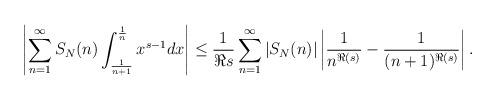
LaTeX: \begin{align*}\left|\sum_{n=1}^{\infty} S_N(n) \int_{\frac{1}{n+1}}^{\frac{1}{n}} x^{s-1} dx\right| \leq \frac{1}{\Re s} \sum_{n=1}^{\infty} \left|S_N(n)\right| \left|\frac{1}{n^{\Re(s)}}-\frac{1}{(n+1)^{\Re(s)}}\right| .\end{align*}